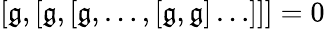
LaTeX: [{\mathfrak{g}},[{\mathfrak{g}},[{\mathfrak{g}},\dots,[{\mathfrak{g}},{\mathfrak{g}}]\dots]]]=0